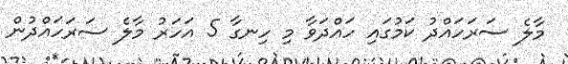
މާލެ ސަރަހައްދު ކަމުގައި ހައްދަވާ މި ހިނގާ 5 އަހަރު މާލެ ސަރަހައްދުން